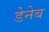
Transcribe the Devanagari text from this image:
डेनेब